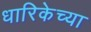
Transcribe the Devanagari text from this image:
धारिकेच्या